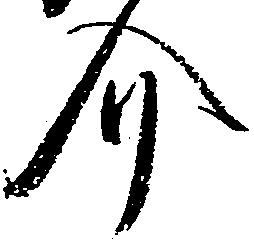
介